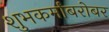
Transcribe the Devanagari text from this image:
शुभकर्मांबरोबर